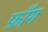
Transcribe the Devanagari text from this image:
फ़ॉग